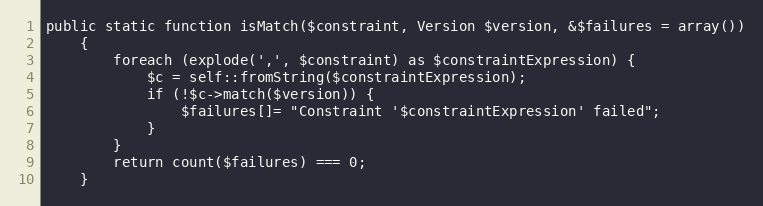
Language: PHP
public static function isMatch($constraint, Version $version, &$failures = array())
    {
        foreach (explode(',', $constraint) as $constraintExpression) {
            $c = self::fromString($constraintExpression);
            if (!$c->match($version)) {
                $failures[]= "Constraint '$constraintExpression' failed";
            }
        }
        return count($failures) === 0;
    }